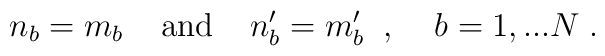
n_b = m_b \; \; \; \; \mbox{and} \; \; \; \;n^\prime_b = m^\prime_b \; \; , \; \; \; \; b = 1,...N \; .